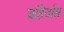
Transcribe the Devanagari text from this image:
बहिर्वास